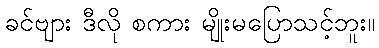
ခင်ဗျား ဒီလို စကား မျိုးမပြောသင့်ဘူး။